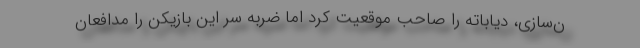
ن‌سازی، دیاباته را صاحب موقعیت کرد اما ضربه سر این بازیکن را مدافعان